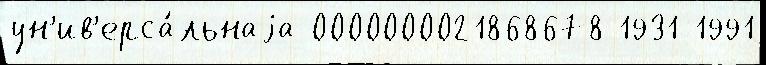
ун'ив'ерса́льнаjа 0000000021868678 1931 1991